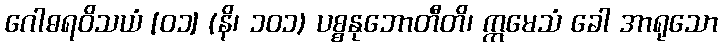
ဂေါဓရဝိသယံ [၀၁] (နိ၊ ၁၀၁) ပစ္စနုဘောတီတိ၊ ဣမေသံ ခေါ အာရုသော